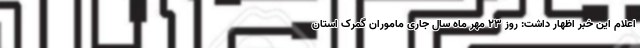
اعلام این خبر اظهار داشت: روز ۲۳ مهر ماه سال جاری ماموران گمرک استان